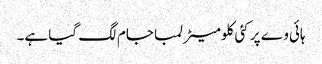
ہائی وے پر کئی کلومیٹر لمبا جام لگ گیا ہے۔